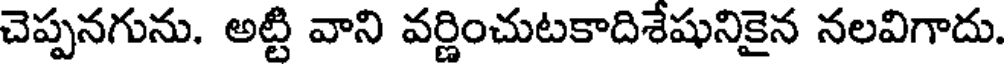
చెప్పనగును. అట్టి వాని వర్ణించుటకాదిశేషునికైన నలవిగాదు.